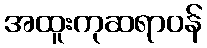
အထူးကုဆရာဝန်